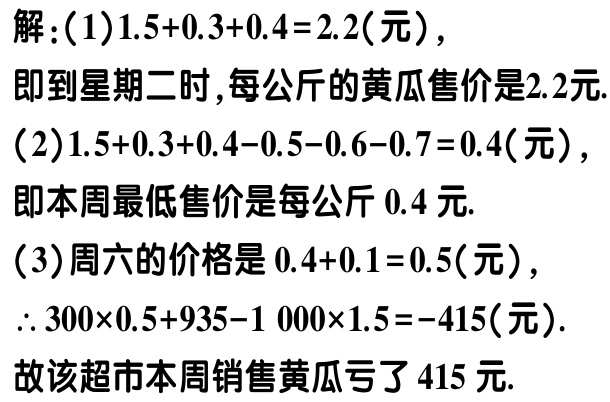
解：(1)$1.5 + 0.3 + 0.4 = 2.2$(元)，

即到星期二时,每公斤的黄瓜售价是$2.2$元.

(2)$1.5 + 0.3 + 0.4 - 0.5 - 0.6 - 0.7 = 0.4$(元)，

即本周最低售价是每公斤$0.4$元.

(3)周六的价格是$0.4 + 0.1 = 0.5$(元)，

$\therefore 300\times0.5 + 935 - 1000\times1.5 = - 415$(元).

故该超市本周销售黄瓜亏了$415$元.